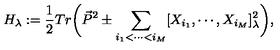
H _ { \lambda } : = \frac 1 2 T r \biggl ( \vec { P } ^ { 2 } \pm \sum _ { i _ { 1 } < \cdots < i _ { M } } [ X _ { i _ { 1 } } , \cdots , X _ { i _ { M } } ] _ { \lambda } ^ { 2 } \biggr ) ,